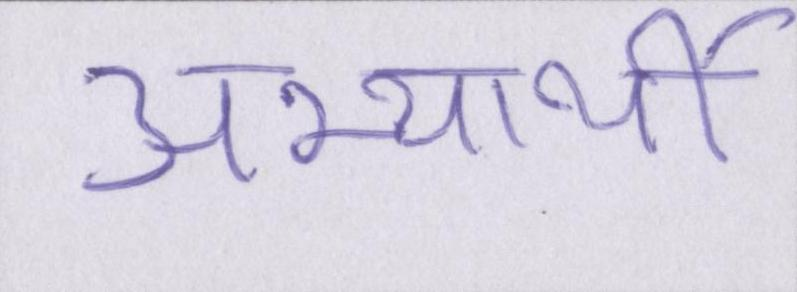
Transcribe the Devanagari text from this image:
अभ्यर्थी